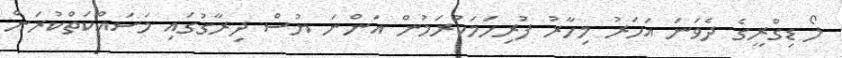
ލޯ ޑިގްރީގެ ދެވަނަ އަހަރު މިހާރު ފުރިހަމަކުރަމުން އަންނަ ޔުސް ދިރާގުގައި މަސައްކަތްކުރަން